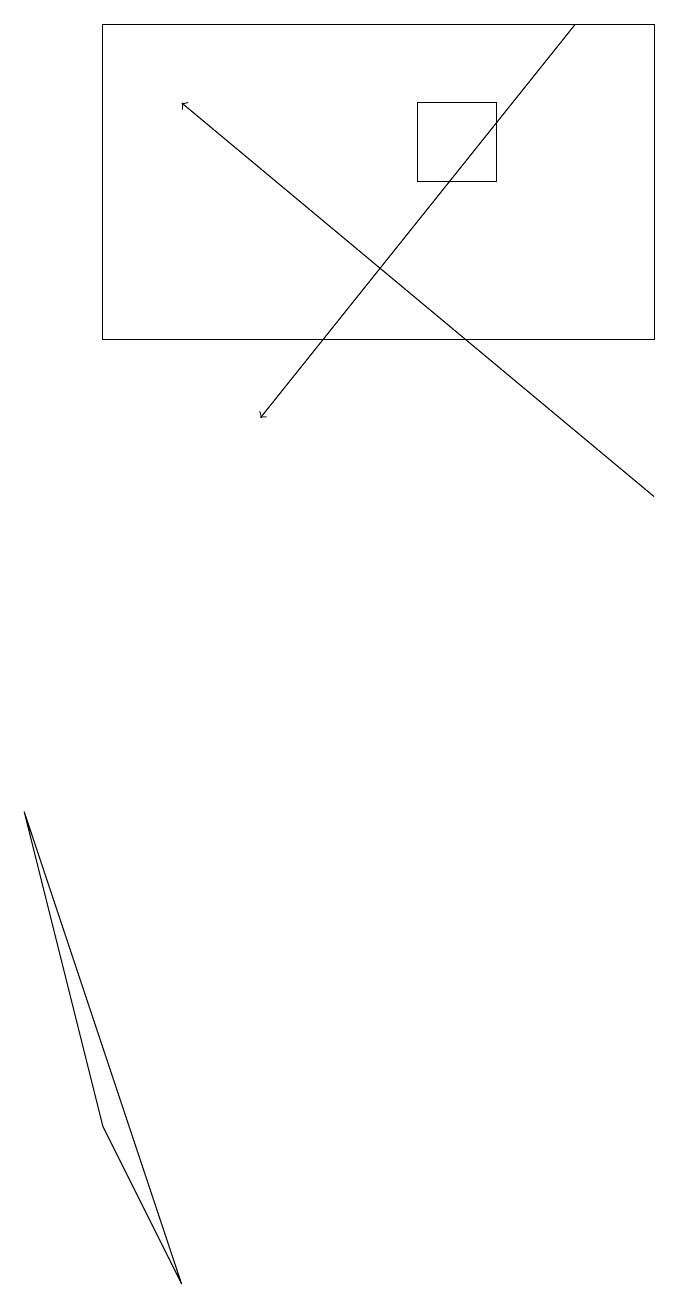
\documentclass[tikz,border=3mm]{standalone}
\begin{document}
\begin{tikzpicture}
\draw (1,5) -- (2,3) -- (0,9) -- cycle;
\draw (8,19) rectangle (1,15);
\draw[->] (7,19) -- (3,14);
\draw[->] (8,13) -- (2,18);
\draw (5,18) rectangle (6,17);
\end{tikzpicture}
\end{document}